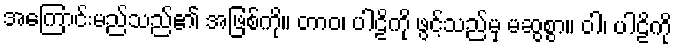
အကြောင်းမည်သည်၏ အဖြစ်ကို။ တာဝ၊ ပါဠိကို ဖွင့်သည်မှ မဆွစွာ။ ဝါ၊ ပါဠိကို